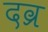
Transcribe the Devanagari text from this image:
दव्र